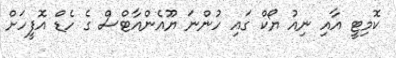
ކޮމިޓީ އާއި ނިއު ޔޯކް ގައި ހުންނަ ޔޫއެންއާޓްސް ގެ ހެޑް އޮފީހަށް